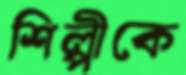
শিল্পীকে